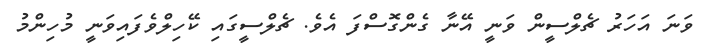
ވަނަ އަހަރު ޗެލްސީން ވަނީ އޭނާ ގެންގޮސްފަ އެވެ. ޗެލްސީގައި ކޭހިލްވެފައިވަނީ މުހިންމު